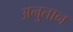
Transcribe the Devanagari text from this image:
अनुतान